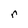
Character: r